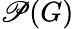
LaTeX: \mathscr{P}(G)